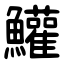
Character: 鱹